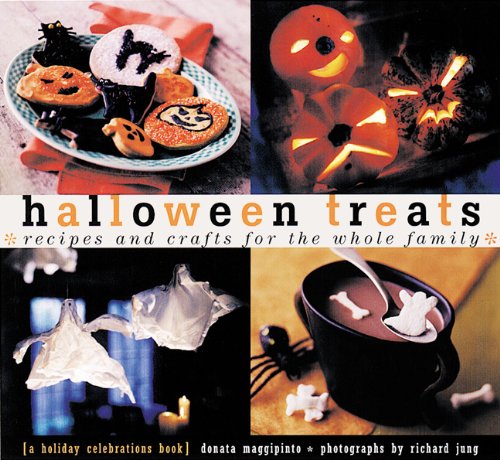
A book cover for Halloween Treats: Recipes and Crafts for the Whole Family (Holiday Celebrations); Donata Maggipinto; Cookbooks, Food & Wine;